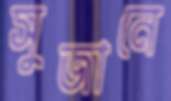
সুজানে